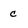
Character: c